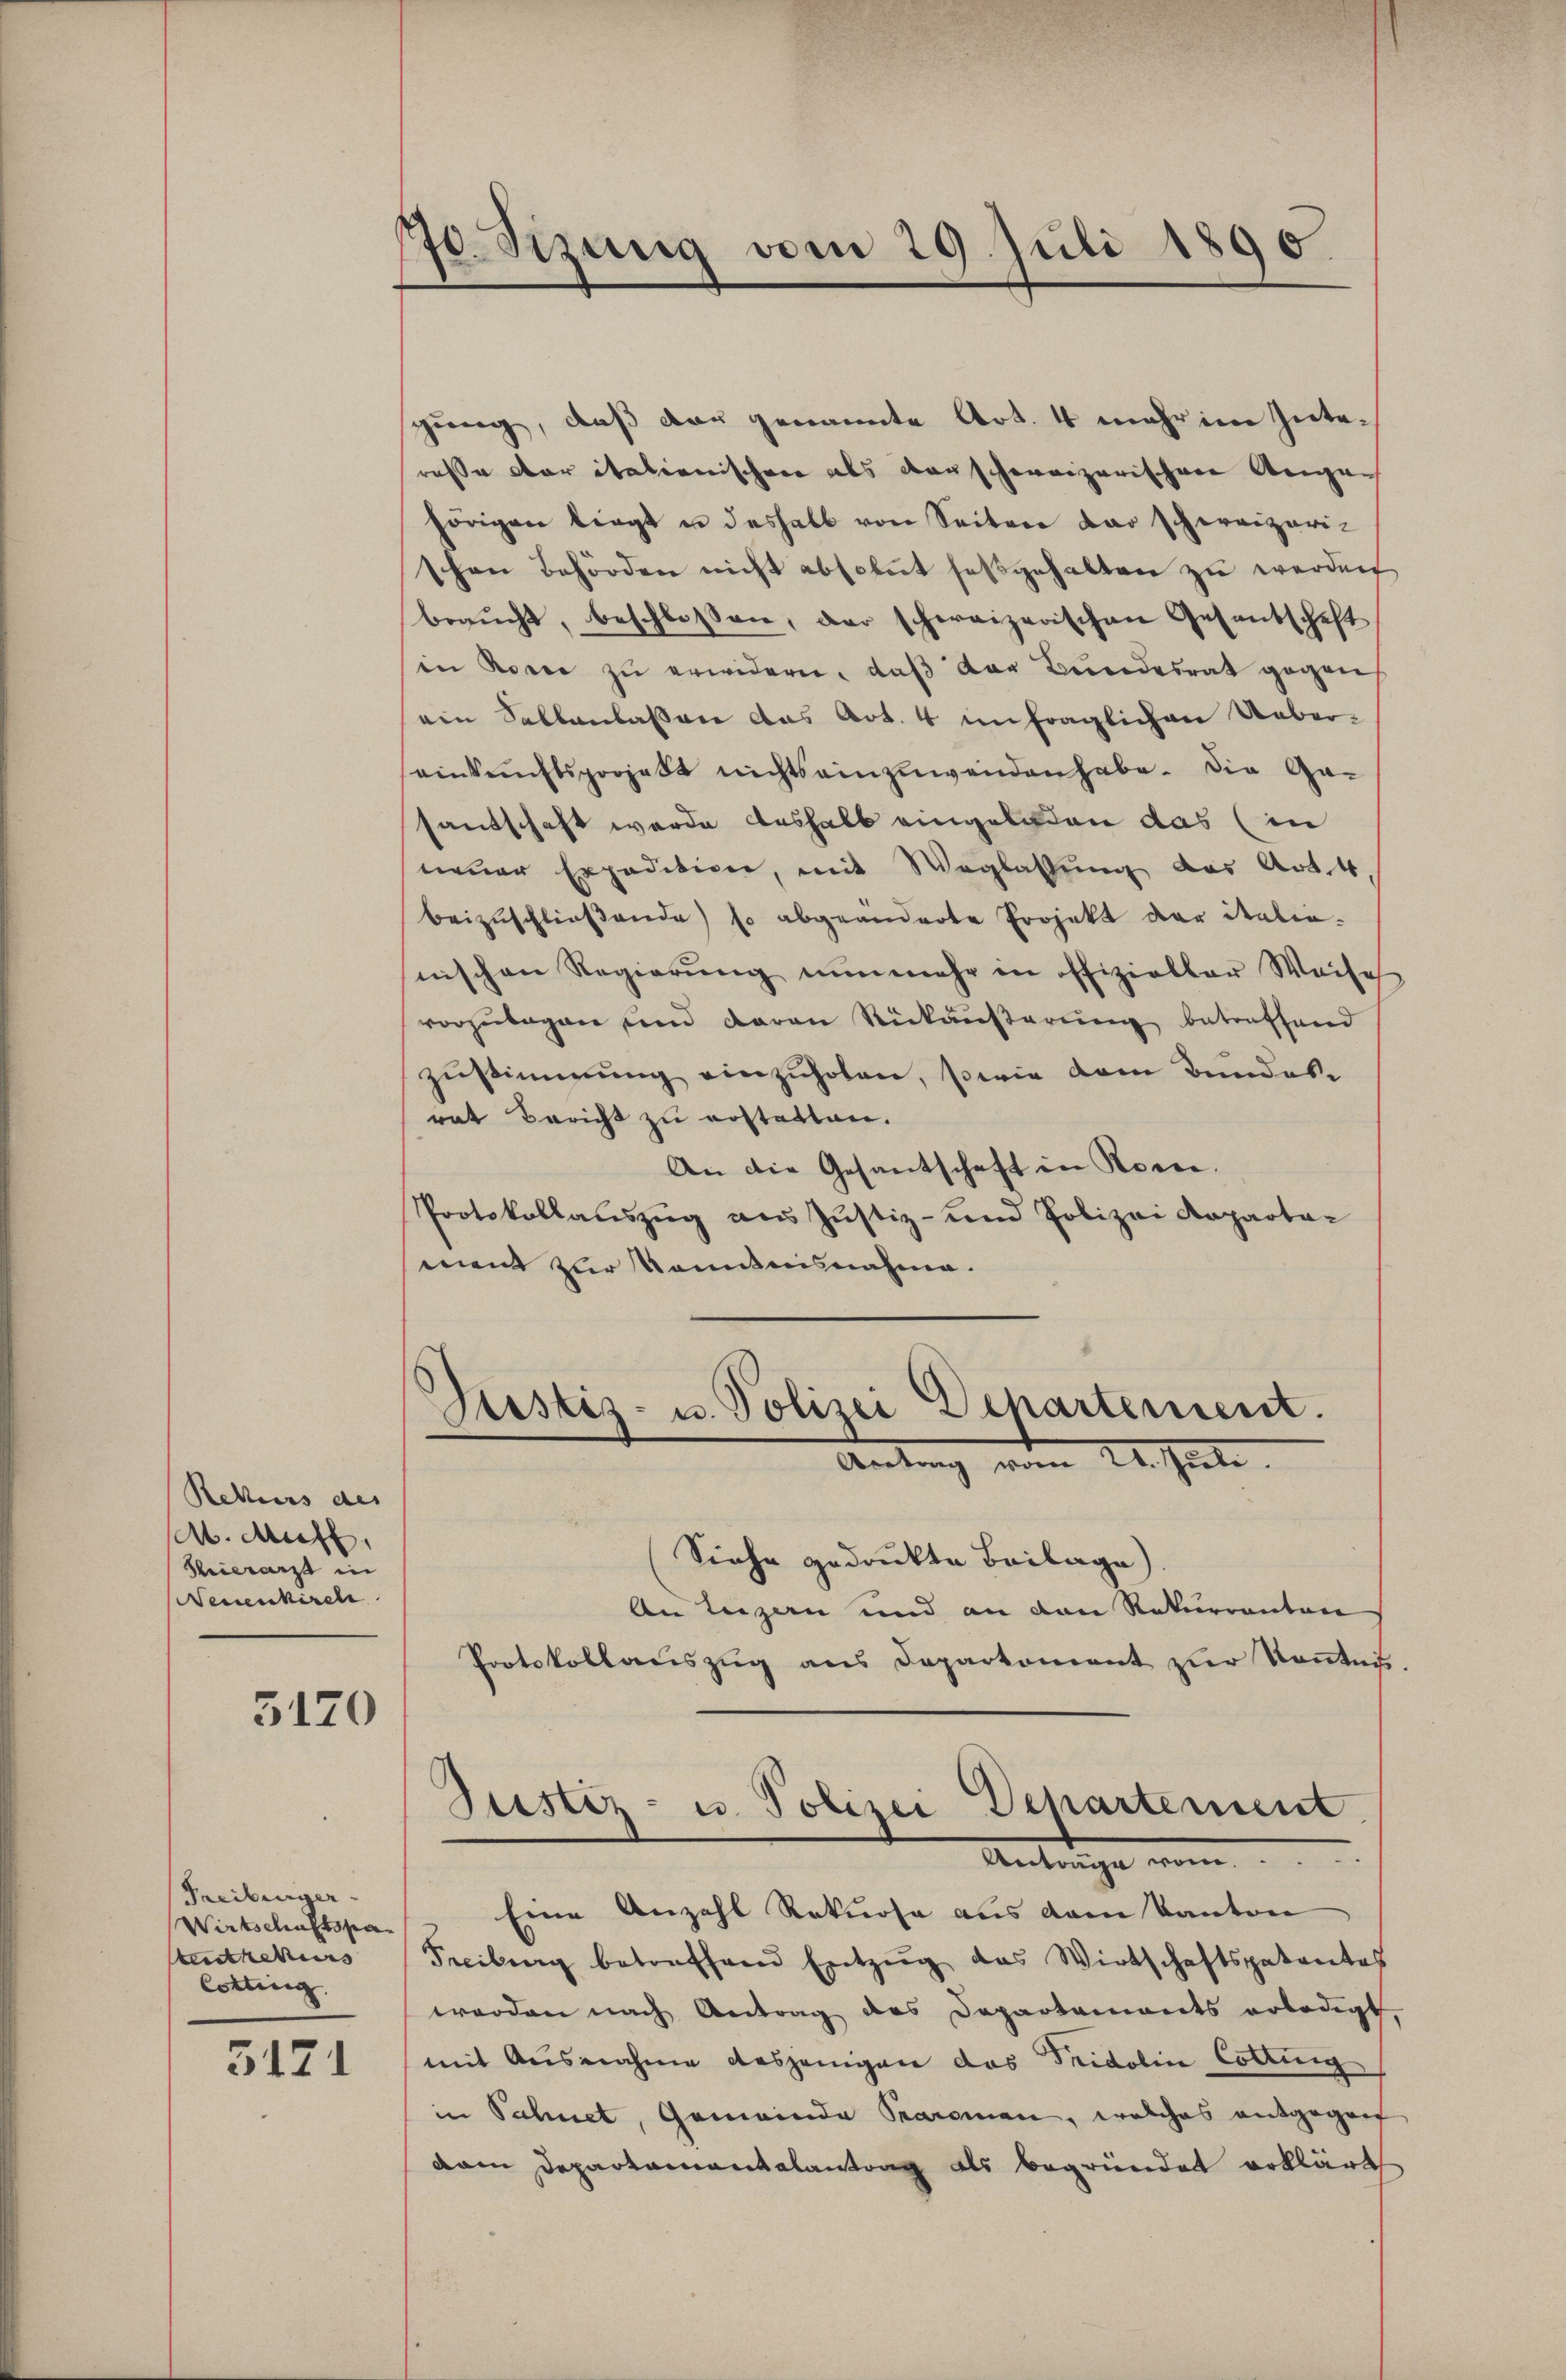
Rekurs des
A. Auff
Thierarzt in
Neuenkirche

5170

Treiburger
Wirtschaftspa
terothekurs
Cotting

5121

70. Sizung vom 29. Juli 1890

gung, daß dar genannte Art. 4 mehr im Interasse der italienischen als darschweizerischen Augen
hörigen liegt u deshalb von Seiten dar schereizeri-
schen Behörden nicht absolut festgehalten zu werden
braŭcht, beschlossen, der schweizerischen Gesandschaft
in Korre zŭ erwidern, daβ der Bundesrat gegen,
ein Sellanlassen das Art. 4 unfraglichen Ueber-
einkunftsprojekt nichts einzuwenden habe. Die Ge-
santschaft wurde deshalb eingeladen das (in
neuer Expedition, mit Weglassung der Art. 4
beizŭschlieβende so abgeänderte Projekt der italien.
nischen Regierung nunmehr in offizieller Weise
vorzulegen und daran Rückäußerung betreffend
zustimmung einzuholen, sowie dem Bundes-
rat Bericht zu erstatten.
An die Gesantschaft in Rorce.
Protokollauszug aus Justiz- und Polizei Rapartar
mant zur Kenntnisnahme.

Justiz- u. Polizei Departement.
Antrag vom 24. Juli.

Justiz- u. Polizei Departement
Antrage von

Siehe gedruckte Beilage)
An Luzern und an den Rekurrenten
Protokollauszug aus Deparkoment zur Kenntnis.

Eine Anzahl Rekurse aus dem Kanton
Freibung betreffend Entzug das Wirtschaftspatentes
worden nach Antrag des Departaments erledigt.
mit Ausnahme desjenigen das Tridolin Cottung
in Schnet, Gemeinde Paroman, welches entgegen
dam Departamentalantrag als begründet erklärt